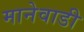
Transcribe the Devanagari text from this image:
मानेवाडी